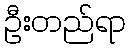
ဦးတည်ရာ